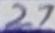
Text: 27